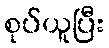
စုပ်ယူပြီး